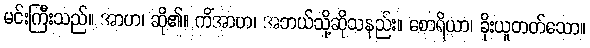
မင်းကြီးသည်။ အာဟ၊ ဆို၏။ ကိံအာဟ၊ အဘယ်သို့ဆိုသနည်း။ စောရိယာ၊ ခိုးယူတတ်သော။